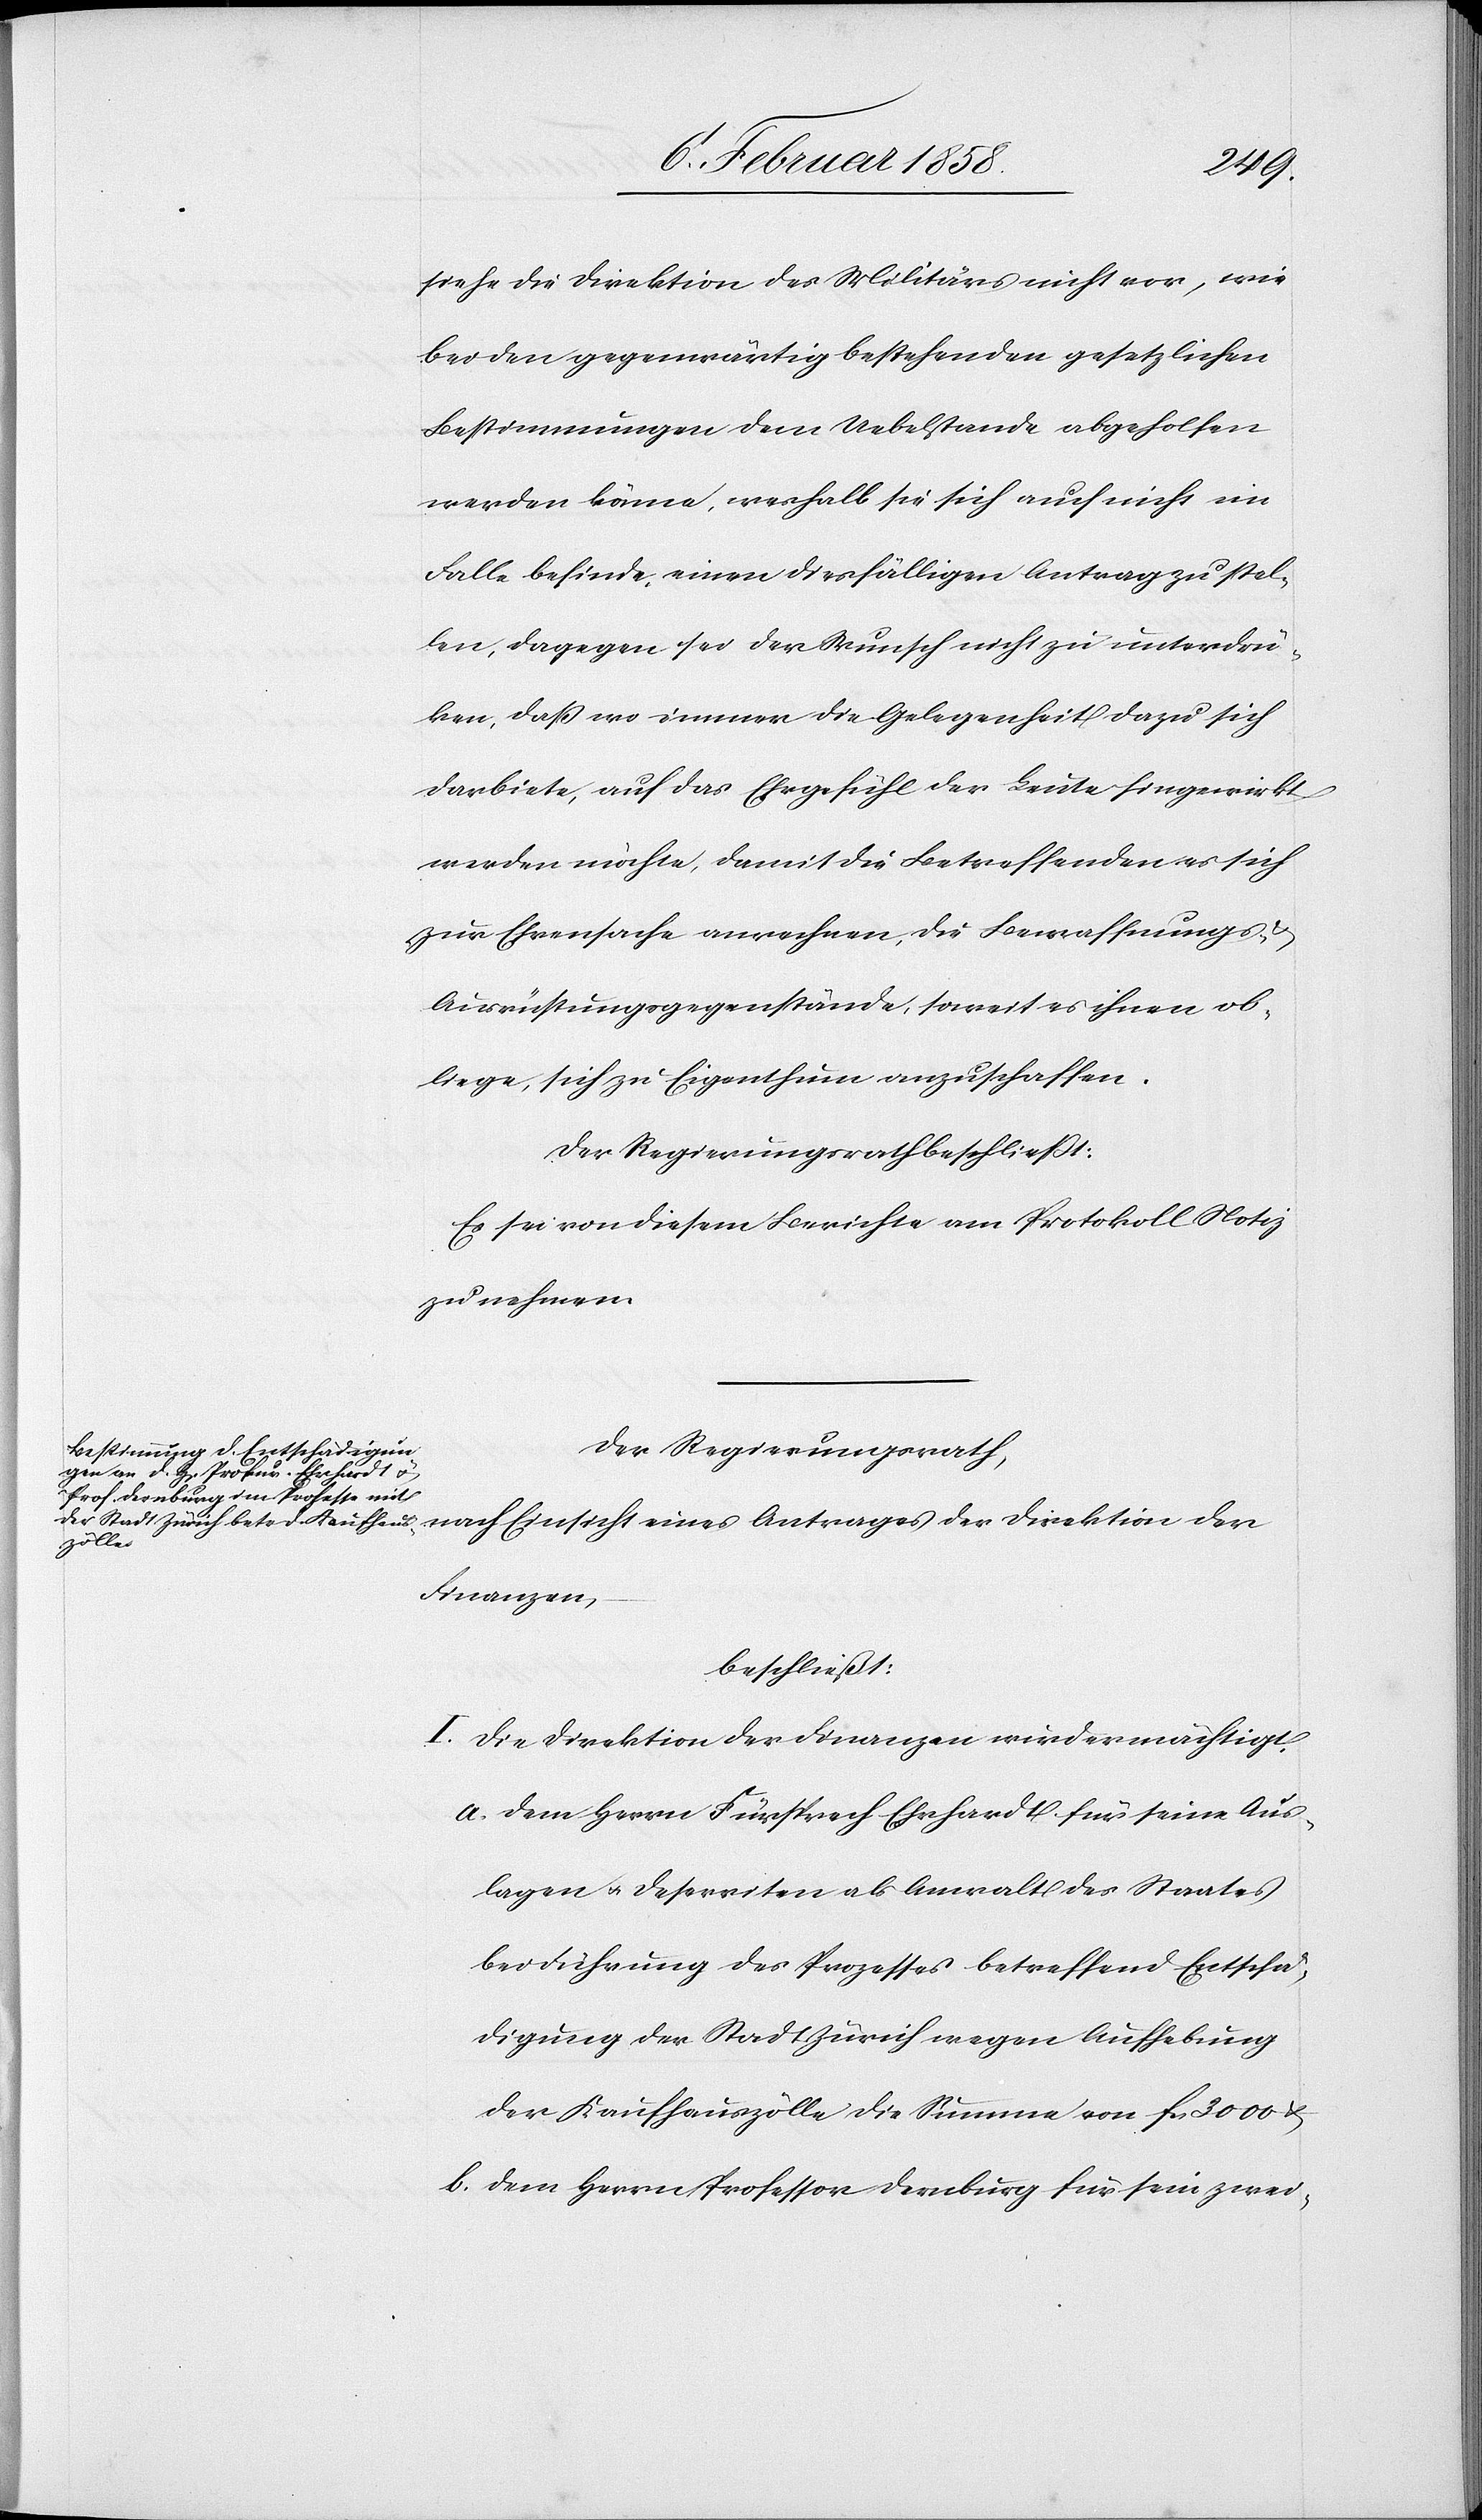
der
siehe die Direktion des Militärs nicht vor, wie
bei den gegenwärtig bestehenden gesetzlichen
Bestimmungen dem Uebelstande abgeholfen
werden könne, weshalb sie sich auch nicht im
Falle befinde, einen diesfälligen Antrag zu stel¬
len, dagegen sei der Wunsch nicht zu unterdrü¬
ken, daß wo immer die Gelegenheit dazu sich
darbiete, auf das Ehrgefühl der Leute hingewirkt
werden möchte, damit die Betreffenden es sich
zur Ehrensache anrechnen, die Bewaffnungs- u.
Ausrüstungsgegenstände, soweit es ihnen ob¬
liege, sich zu Eigenthum anzuschaffen.
Der Regierungsrath beschließt:
Es sei von diesem Berichte am Protokoll Notiz
zu nehmen.
Der Regierungsrath
Finanzen,
beschließt:
I. Die Direktion der Finanzen wird ermächtigt,
a. dem Herrn Fürsprech Ehrhardt für seine Aus¬
lagen u. Deserriten als Anwalt des Staates
bei Führung des Prozesses betreffend Entschä¬
digung der Stadt Zürich wegen Aufhebung
der Kaufhauszölle die Summe von fcs 3000 u.
b. dem Herrn Professor Dernburg für sein zwei-